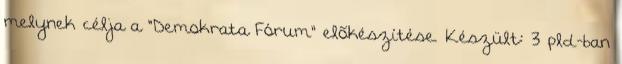
melynek célja a "Demokrata Fórum" elõkészítése. Készült: 3 pld-ban